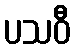
ပသဝီ